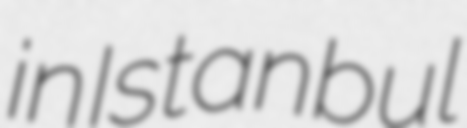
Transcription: in Istanbul